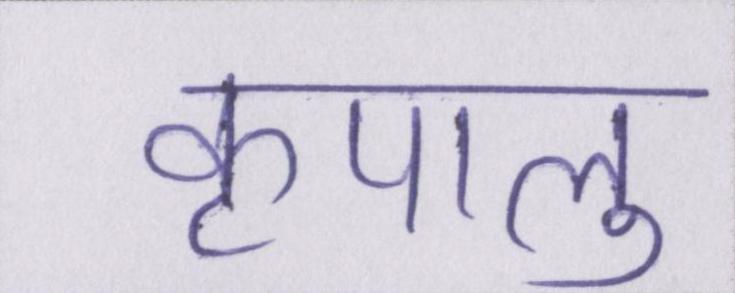
कृपालु